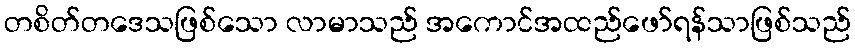
တစိတ်တဒေသဖြစ်သော လာမာသည် အကောင်အထည်ဖော်ရန်သာဖြစ်သည်